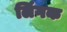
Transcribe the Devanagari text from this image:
लिंगक